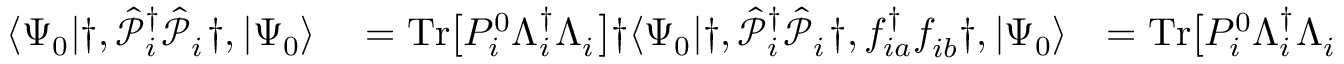
\begin{array} { r l r l r } { \langle \Psi _ { 0 } | \dag , \hat { \mathcal { P } } _ { i } ^ { { \dagger } } \hat { \mathcal { P } } _ { i } ^ { \phantom { \dagger } } \dag , | \Psi _ { 0 } \rangle } & { { } = \mathrm { T r } \big [ P _ { i } ^ { 0 } \Lambda _ { i } ^ { \dagger } \Lambda _ { i } ^ { \phantom { \dagger } } \big ] \dag \langle \Psi _ { 0 } | \dag , \hat { \mathcal { P } } _ { i } ^ { { \dagger } } \hat { \mathcal { P } } _ { i } ^ { \phantom { \dagger } } \dag , f _ { i a } ^ { \dagger } f _ { i b } ^ { \phantom { \dagger } } \dag , | \Psi _ { 0 } \rangle } & { = \mathrm { T r } \big [ P _ { i } ^ { 0 } \Lambda _ { i } ^ { \dagger } \Lambda _ { i } ^ { \phantom { \dagger } } \tilde { F } _ { i a } ^ { \dagger } \tilde { F } _ { i b } ^ { \phantom { \dagger } } \big ] \dag \langle \Psi _ { 0 } | \dag , \hat { \mathcal { P } } _ { i } ^ { { \dagger } } \dag , \hat { H } _ { l o c } ^ { i } [ c _ { i \alpha } ^ { \dagger } , c _ { i \alpha } ^ { \phantom { \dagger } } ] \dag , \hat { \mathcal { P } } _ { i } ^ { \phantom { \dagger } } \dag , | \Psi _ { 0 } \rangle } & { { } = \mathrm { T r } \big [ P _ { i } ^ { 0 } \Lambda _ { i } ^ { \dagger } \hat { H } _ { l o c } ^ { i } [ F _ { i \alpha } ^ { \dagger } , F _ { i \alpha } ^ { \phantom { \dagger } } ] \Lambda _ { i } ^ { \phantom { \dagger } } \big ] \dag \langle \Psi _ { 0 } | \dag , \hat { \mathcal { P } } _ { i } ^ { { \dagger } } c _ { i \alpha } ^ { \dagger } \hat { \mathcal { P } } _ { i } ^ { \phantom { \dagger } } f _ { i a } ^ { \phantom { \dagger } } \dag , | \Psi _ { 0 } \rangle } & { = \mathrm { T r } \big [ P _ { i } ^ { 0 } \Lambda _ { i } ^ { \dagger } F _ { i \alpha } ^ { \dagger } \Lambda _ { i } ^ { \phantom { \dagger } } \tilde { F } _ { i b } ^ { \phantom { \dagger } } \big ] \dag , , } \end{array}